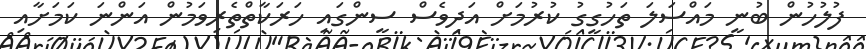
ފުލުހުން ބުނީ މައްސަލަ ތަހުގީގު ކުރުމަށް އަދިވެސް ސީންގައި ހަރަކާތްތެރިވަމުން އަންނަ ކަމަށާއި